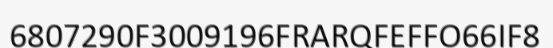
6807290F3009196FRARQFEFFO66IF8